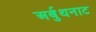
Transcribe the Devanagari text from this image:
अर्बुथनाट